NAE_EAA_P-1039_Kommunismi_Majak_kalurikolhoos, lk 25
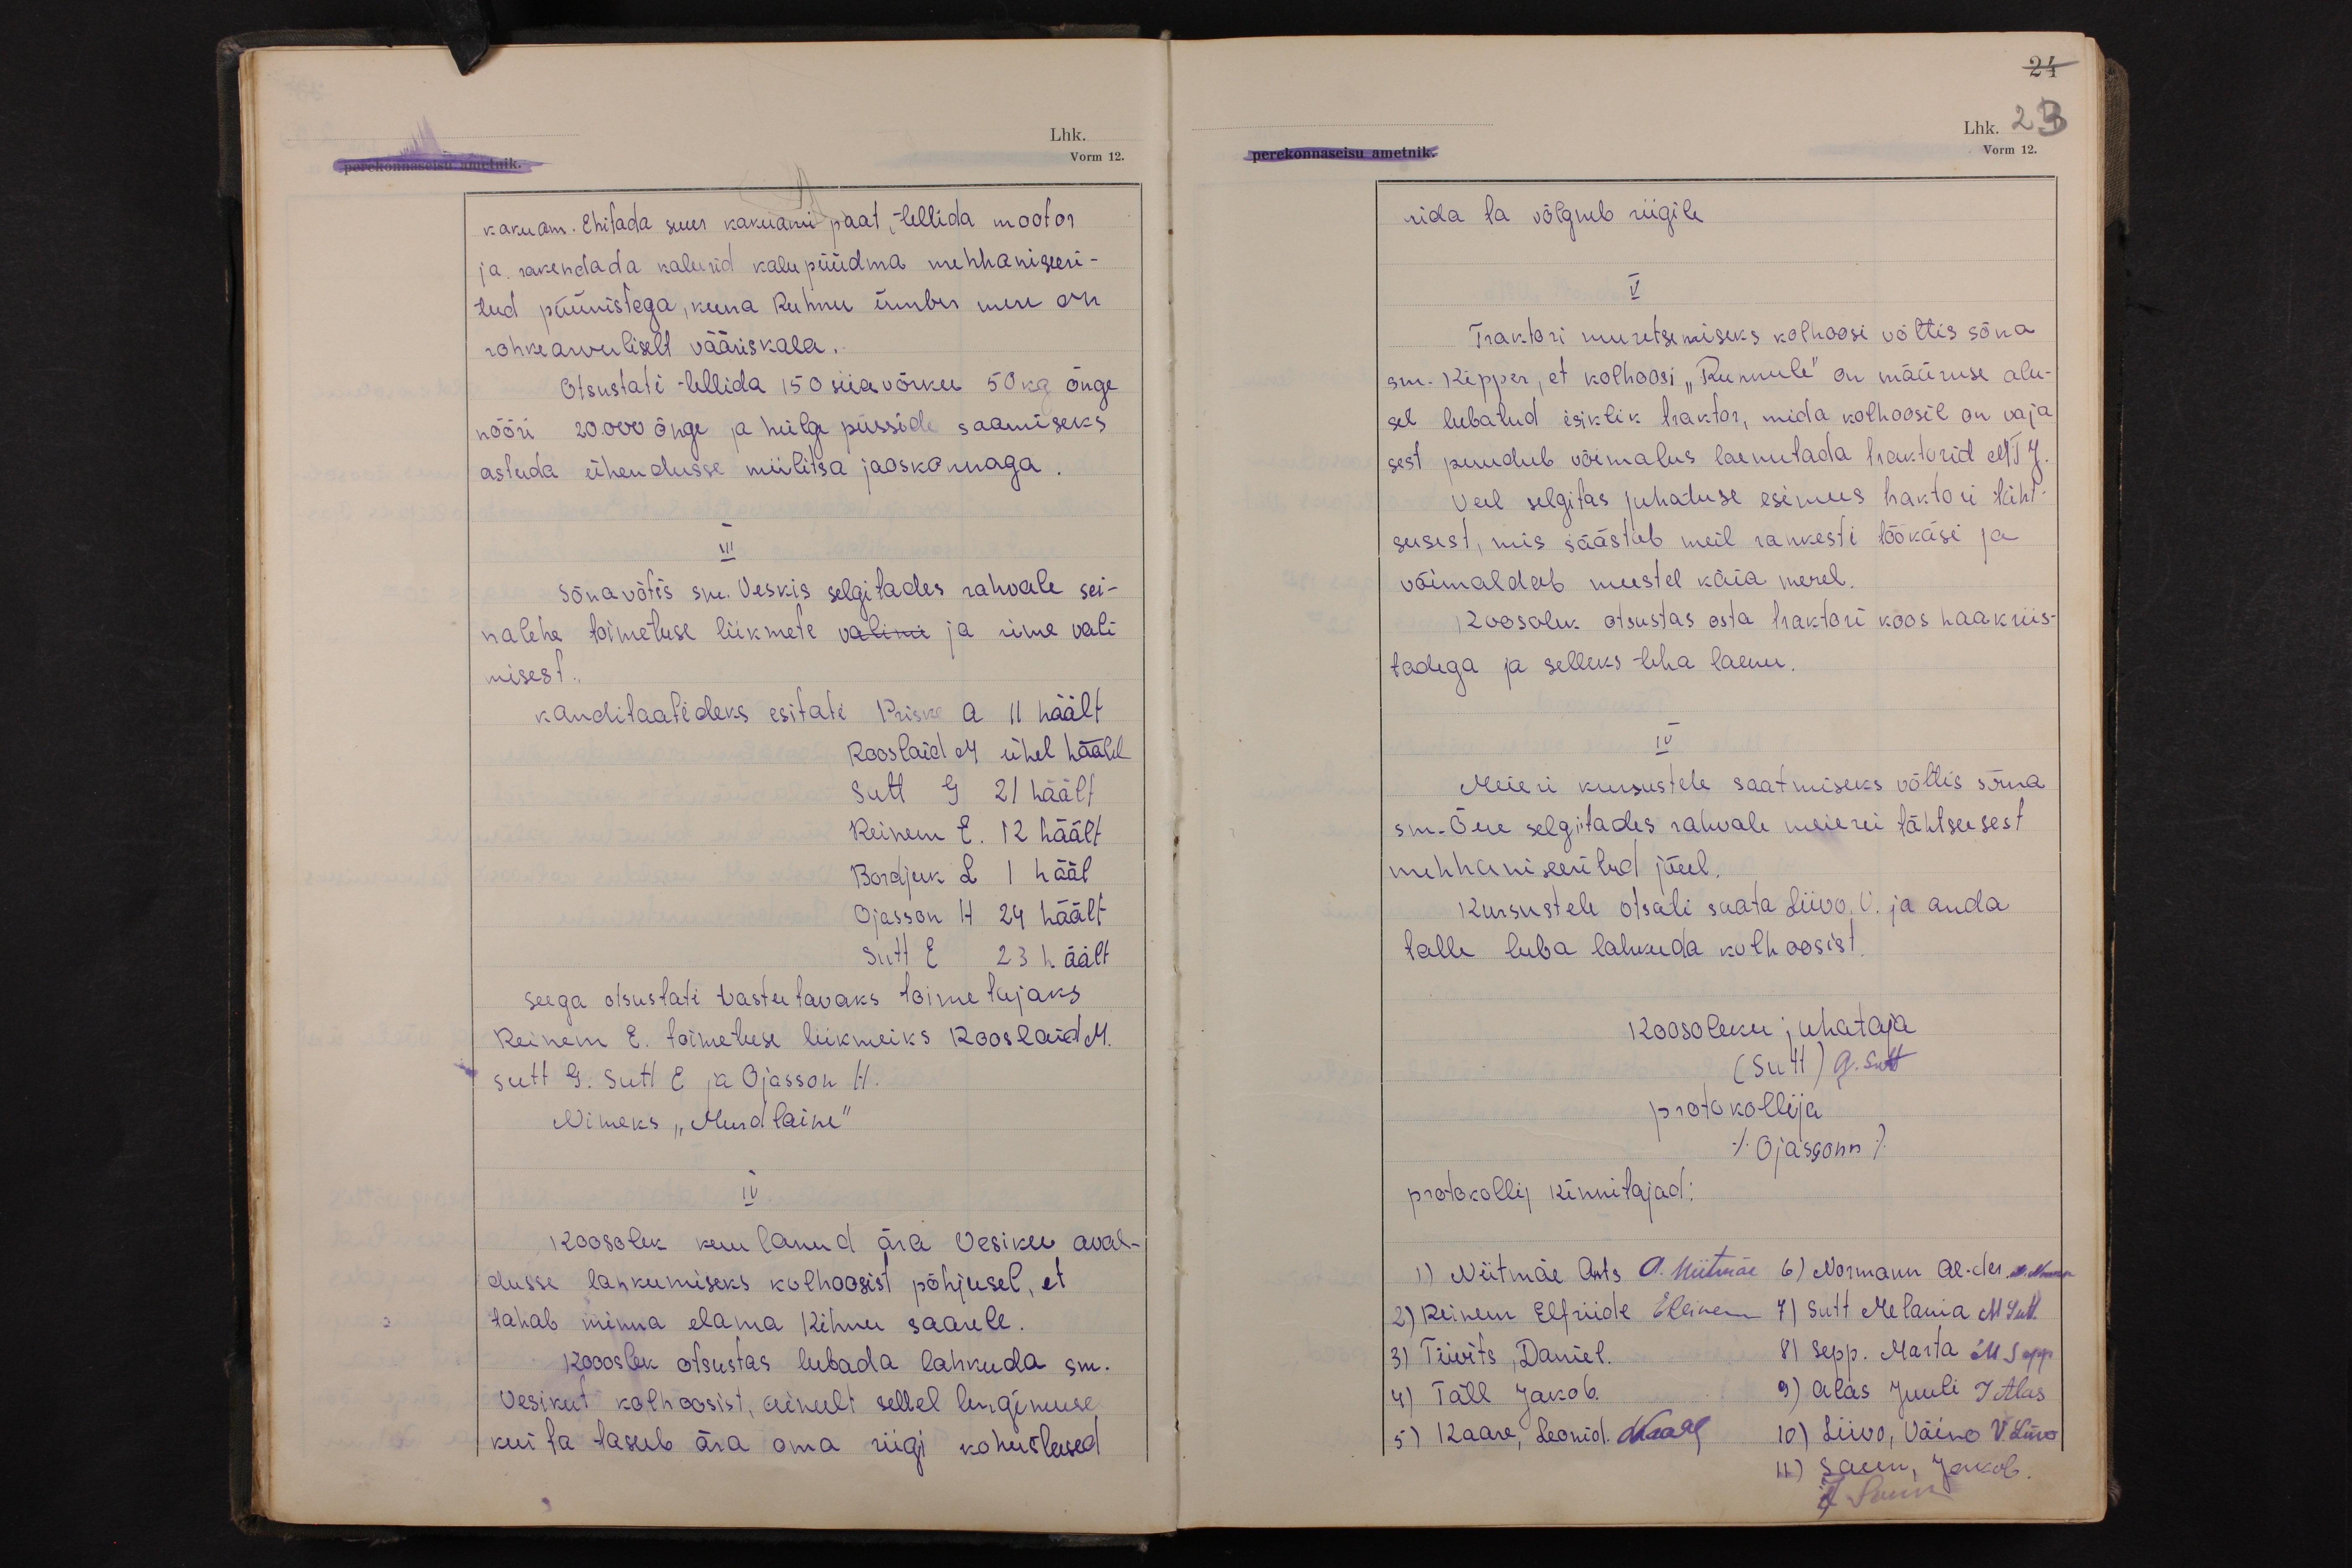
24
Lhk. 23.
Vorm 12.

kakuam. Ehitada suur kakuami paat, tellida mootor
ja rakendada kalurid kalu püüdma mehhaniseeri-
tud püünistega, kuna Ruhnu ümber mere on
rohkearvuliselt vääriskala.
Otsustati tellida 150 siiavõrku 50 kg õnge
nööri 20.000 õnge ja hülge püsside saamiseks
astuda ühendusse miilitsa jaoskonnaga.
III
Sõna võtis sm. Veskis selgitades rahvale sei-
nalehe toimetuse liikmete valimi ja nime vali
misest.
kanditaatideks esitati Priske A 11 häält
Rooslaid  M 24 ühel häälel
Sutt G 21 häält
Reinem E. 12 häält
Bordjuk L 1 hääl
Ojasson H 24 häält
Sutt E 23 häält
Seega otsustati vastutavaks toimetajaks
Reinem E. toimetuse liikmeiks Rooslaid M.
Sutt G. Sutt E ja Ojasson H.
Nimeks "Murdlaine"
IV
Koosolek kuulanud ära Vesiku aval-
dusse lahkumiseks kolhoosist põhjusel, et
tahab minna elama Kihnu saarele.
Koosolek otsustas lubada lahkuda sm.
Vesikut kolhoosist, ainult sellel tingimuse
kui ta tasub ära oma riigi kohustused

mida ta võlgneb riigile.
V
Traktori muretsemiseks kolhoosi võttis sõna
sm. Kipper, et kolhoosi "Ruhnule" on määruse alu-
sel lubatud isiklik traktor, mida kolhoosil on vaja
sest puudub võimalus laenutada traktorid MTJ.
Veel selgitas juhatuse esimees traktori täht-
susest, mis säästab meil rohkesti töökäsi ja
võimaldab meestel käia merel.
Koosolek otsustas osta traktori koos haakriis-
tadega ja selleks teha laenu.
IV
Meieri kursustele saatmiseks võttis sõna
sm. Õue selgitades rahvale meierei tähtsusest
mehhaniseeritud jõul.
Kursustele otsati saata Liivo. V. ja anda
talle luba lahkuda kolhoosist.
Koosoleku juhataja
(Sutt) G. Sutt
protokollija
(Ojassonn)
protokollij kinnitajad:
1) Niitmäe Ants A. Niitmäe 6) Normann Al-der. A. Norman
2) Reinem Elfriide EReinem 7) Sutt Melania M Sutt.
3) Tiivits, Daniel 8) Sepp. Marta M Sepp
4) Täll Jakob. 9) Alas Juuli J Alas
5) Kaare, Leonid. LKaare 10) Liivo, Väino V. Liivo
11) Saun, Jakob
J. Saun